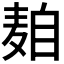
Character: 𱋒